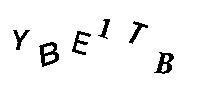
YBE1TB